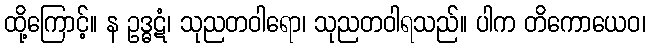
ထို့ကြောင့်။ န ဥဒ္ဓဋံ၊ သုညတဝါရော၊ သုညတဝါရသည်။ ပါက တိကောယေဝ၊